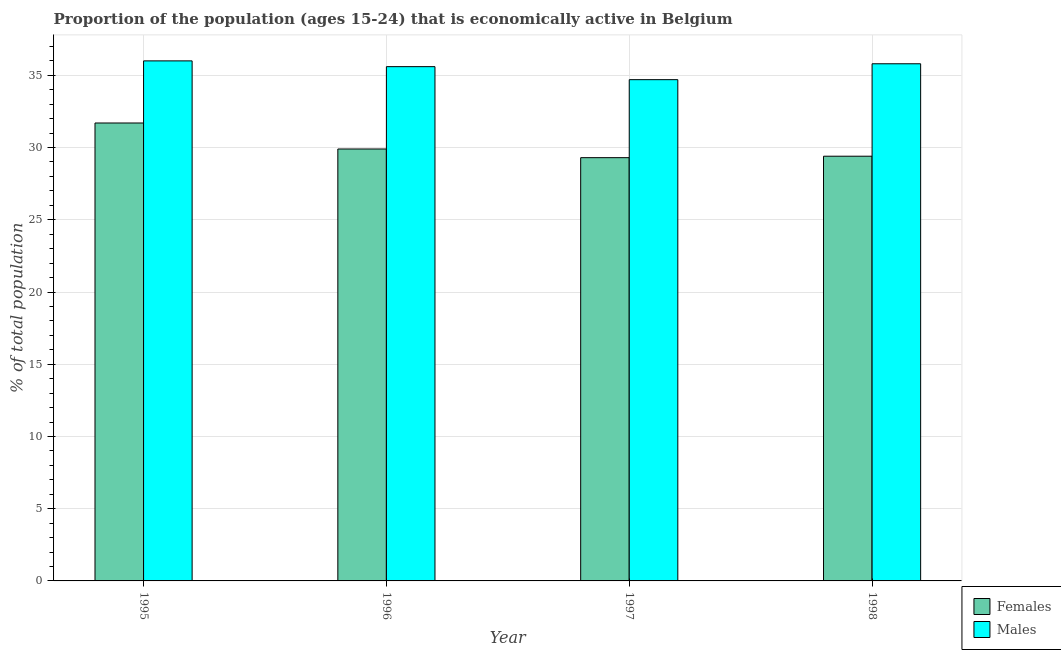
| Year | Females | Males |
 | --- | --- | --- |
 | 1995 | 31.7 | 36 |
 | 1996 | 29.9 | 35.6 |
 | 1997 | 29.3 | 34.7 |
 | 1998 | 29.4 | 35.8 |